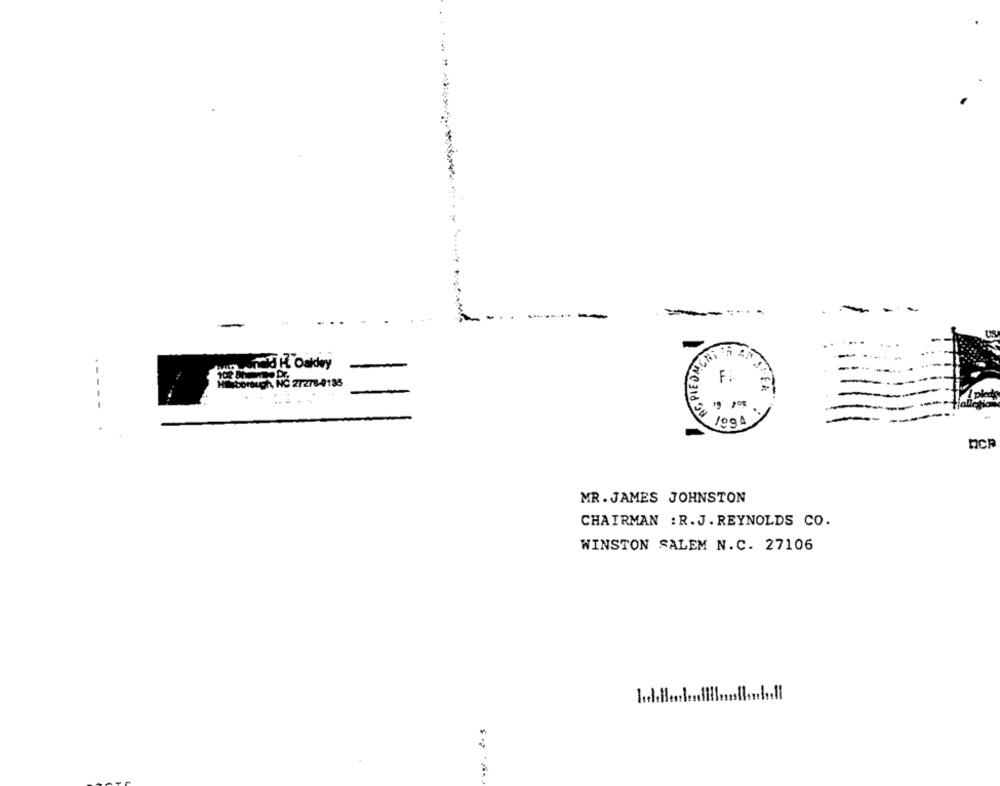
-----
.-
103 Amato NC 27278-4183
F:
---.
/99 A
MR. JAMES JOHNSTON
CHAIRMAN : R. J. REYNOLDS CO.
WINSTON SALEM N.C. 27106
$- --